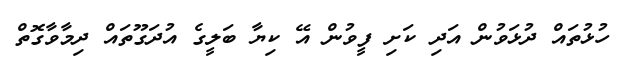
ހުޅުތައް ދުޅަވުން އަދި ކަށި ފީވުން އޭ ކިޔާ ބަލީގެ އުދަގޫތައް ދިމާވާގޮތް